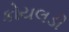
કોયલડી